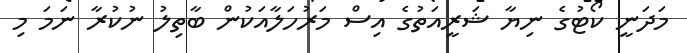
މަދަނީ ކޯޓުގެ ނިޔާ ޝަރީއަތުގެ އިސް މަރުހަލާއަކުން ބާތިލު ނުކުރާ ނަމަ މި